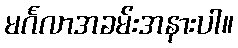
မင်္ဂလာအခမ်းအနားပါ။